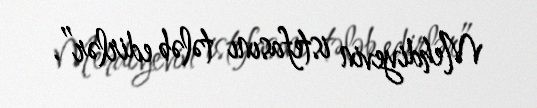
Mehdiyevin istefasını tələb edirlər”.